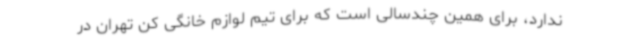
ندارد، برای همین چندسالی است که برای تیم لوازم خانگی کن تهران در